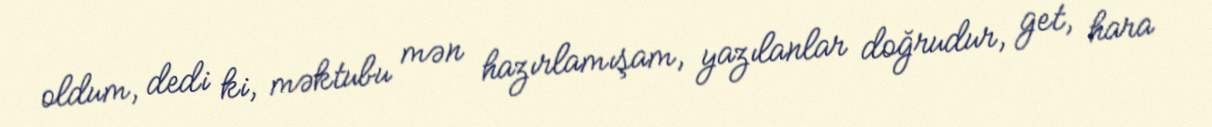
oldum, dedi ki, məktubu mən hazırlamışam, yazılanlar doğrudur, get, hara